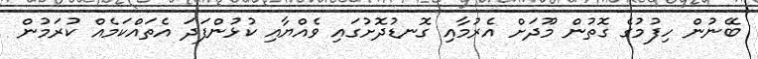
ބޭނުން ހިފުމުގެ ގޮތުން މޫދަށް އެރުމާއި ގޮނޑުދޮށުގައި ވެއްޔާއި ކުޅުންފަދަ އެތައްކަމެއް ކުރަމުން